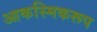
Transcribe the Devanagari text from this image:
आकस्मिकरूप